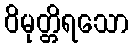
ဝိမုတ္တိရသော